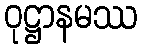
ဝုဋ္ဌာနမဿ